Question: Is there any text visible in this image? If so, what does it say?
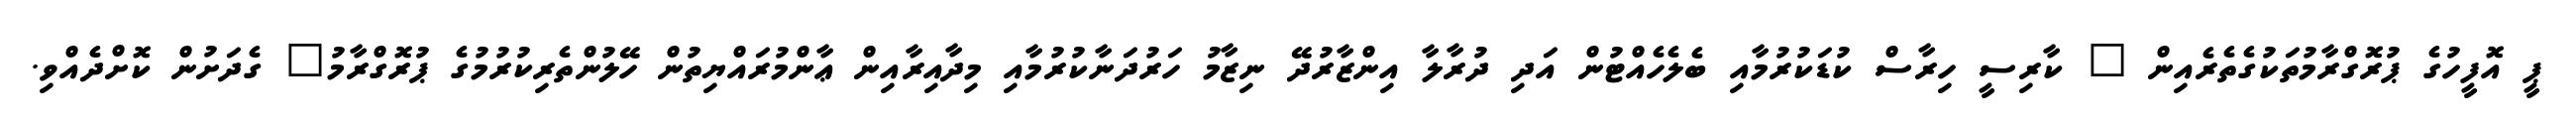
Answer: ޕީ އޮފީހުގެ ޕުރޮގްރާމުތަކުގެތެރެއިން " ކާރިސީ ހިރާސް ކުޑަކުރުމާއި ބެލެހެއްޓުން އަދި ދުރާލާ އިންޒާރުދޭ ނިޒާމު ހަރުދަނާކުރުމާއި މިދާއިރާއިން ޢާންމުރައްޔިތުން ހޭލުންތެރިކުރުމުގެ ޕުރޮގްރާމު" ގެދަށުން ކޮށްދެއްވި.